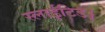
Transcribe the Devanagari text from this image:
स्लाईटिड।